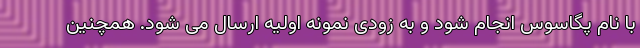
با نام پگاسوس انجام شود و به زودی نمونه اولیه ارسال می شود. همچنین